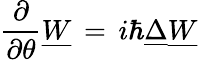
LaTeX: {\frac{\partial}{\partial\theta}}\underline{{W}}\, =\, i\hbar\underline{{\Delta}}\underline{{W}}